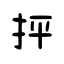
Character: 抨